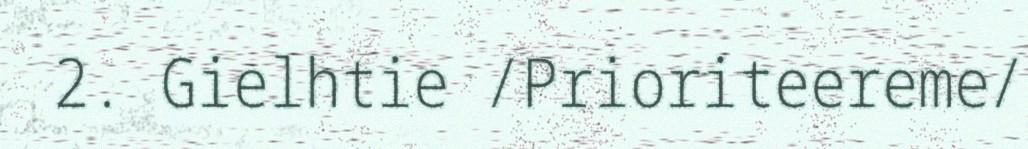
2. Gielhtie /Prioriteereme/